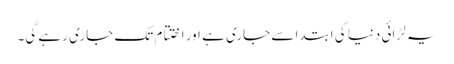
یہ لڑائی دنیا کی ابتدا سے جاری ہے اور اختتام تک جاری رہے گی۔